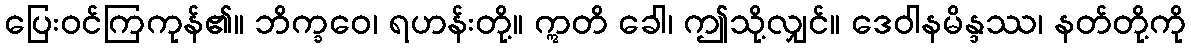
ပြေးဝင်ကြကုန်၏။ ဘိက္ခဝေ၊ ရဟန်းတို့။ ဣတိ ခေါ၊ ဤသို့လျှင်။ ဒေဝါနမိန္ဒဿ၊ နတ်တို့ကို